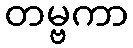
တမ္ဗကာ